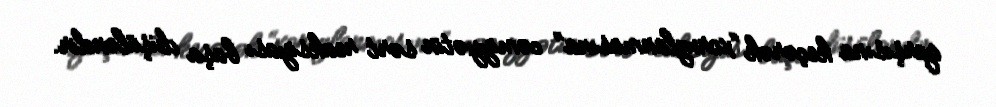
qarşısına keçərək “xoruzlanmasına” cəmiyyətin sərt reaksiyası başa düşüləndir.